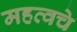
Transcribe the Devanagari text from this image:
महत्वचे